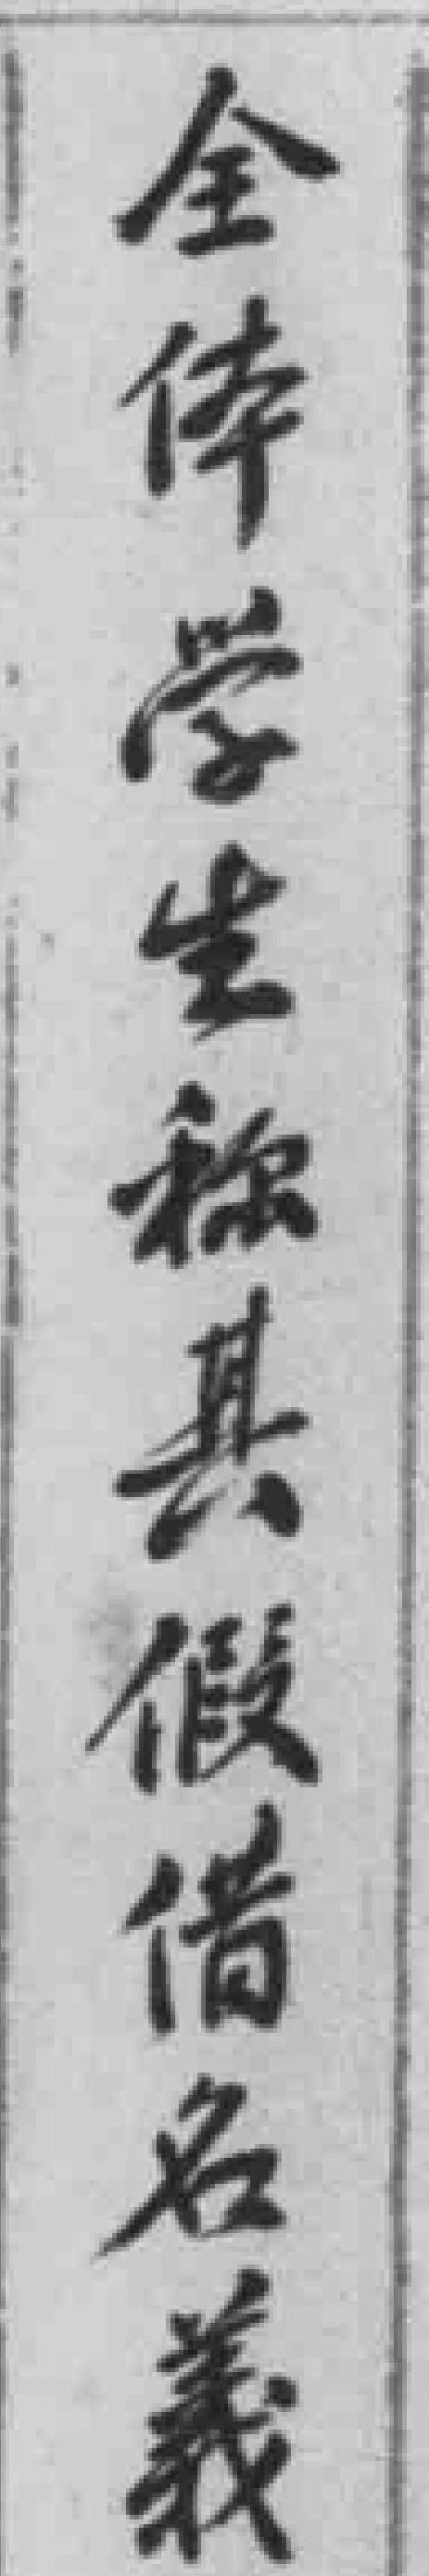
全体学生称其假借名義